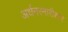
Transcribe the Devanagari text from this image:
अर्धनरनारीश्वर